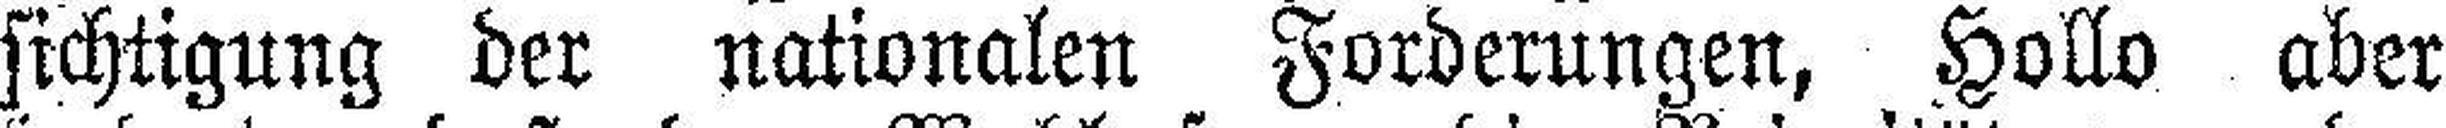
sichtigung der nationalen Forderungen, Hollo aber